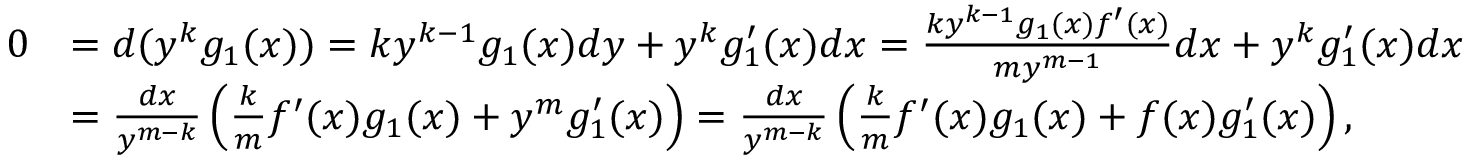
\begin{array} { r l } { 0 } & { = d ( y ^ { k } g _ { 1 } ( x ) ) = k y ^ { k - 1 } g _ { 1 } ( x ) d y + y ^ { k } g _ { 1 } ^ { \prime } ( x ) d x = \frac { k y ^ { k - 1 } g _ { 1 } ( x ) f ^ { \prime } ( x ) } { m y ^ { m - 1 } } d x + y ^ { k } g _ { 1 } ^ { \prime } ( x ) d x } \\ & { = \frac { d x } { y ^ { m - k } } \left( \frac { k } { m } f ^ { \prime } ( x ) g _ { 1 } ( x ) + y ^ { m } g _ { 1 } ^ { \prime } ( x ) \right) = \frac { d x } { y ^ { m - k } } \left( \frac { k } { m } f ^ { \prime } ( x ) g _ { 1 } ( x ) + f ( x ) g _ { 1 } ^ { \prime } ( x ) \right) , } \end{array}